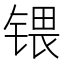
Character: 𰾚